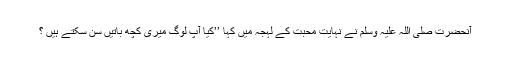
آنحضرت صلی اللہ علیہ وسلم نے نہایت محبت کے لہجہ میں کہا ’’کیا آپ لوگ میری کچھ باتیں سن سکتے ہیں ؟